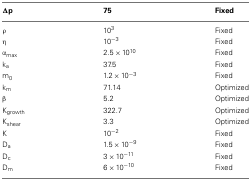
| Δp | 75 | Fixed |
 | --- | --- | --- |
 | ρ | 103 | Fixed |
 | η | 10−3 | Fixed |
 | αmax | 2.5 × 1010 | Fixed |
 | ka | 37.5 | Fixed |
 | m0 | 1.2 × 10−3 | Fixed |
 | km | 71.14 | Optimized |
 | β | 5.2 | Optimized |
 | Kgrowth | 322.7 | Optimized |
 | Kshear | 3.3 | Optimized |
 | K | 10−2 | Fixed |
 | Da | 1.5 × 10−9 | Fixed |
 | Dc | 3 × 10−11 | Fixed |
 | Dm | 6 × 10−10 | Fixed |